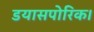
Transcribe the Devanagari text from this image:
डयासपोरिक।